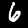
Digit: 6